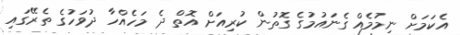
އެކަމަށް ނިމުމެއް ގެނައުމުގެ ގޮތުން ކުރިއަށް އޮތް ދެ މަހެއްހާ ދުވަހުގެ ތެރޭގައި